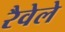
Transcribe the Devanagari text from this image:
रैवेले